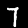
Label: 7